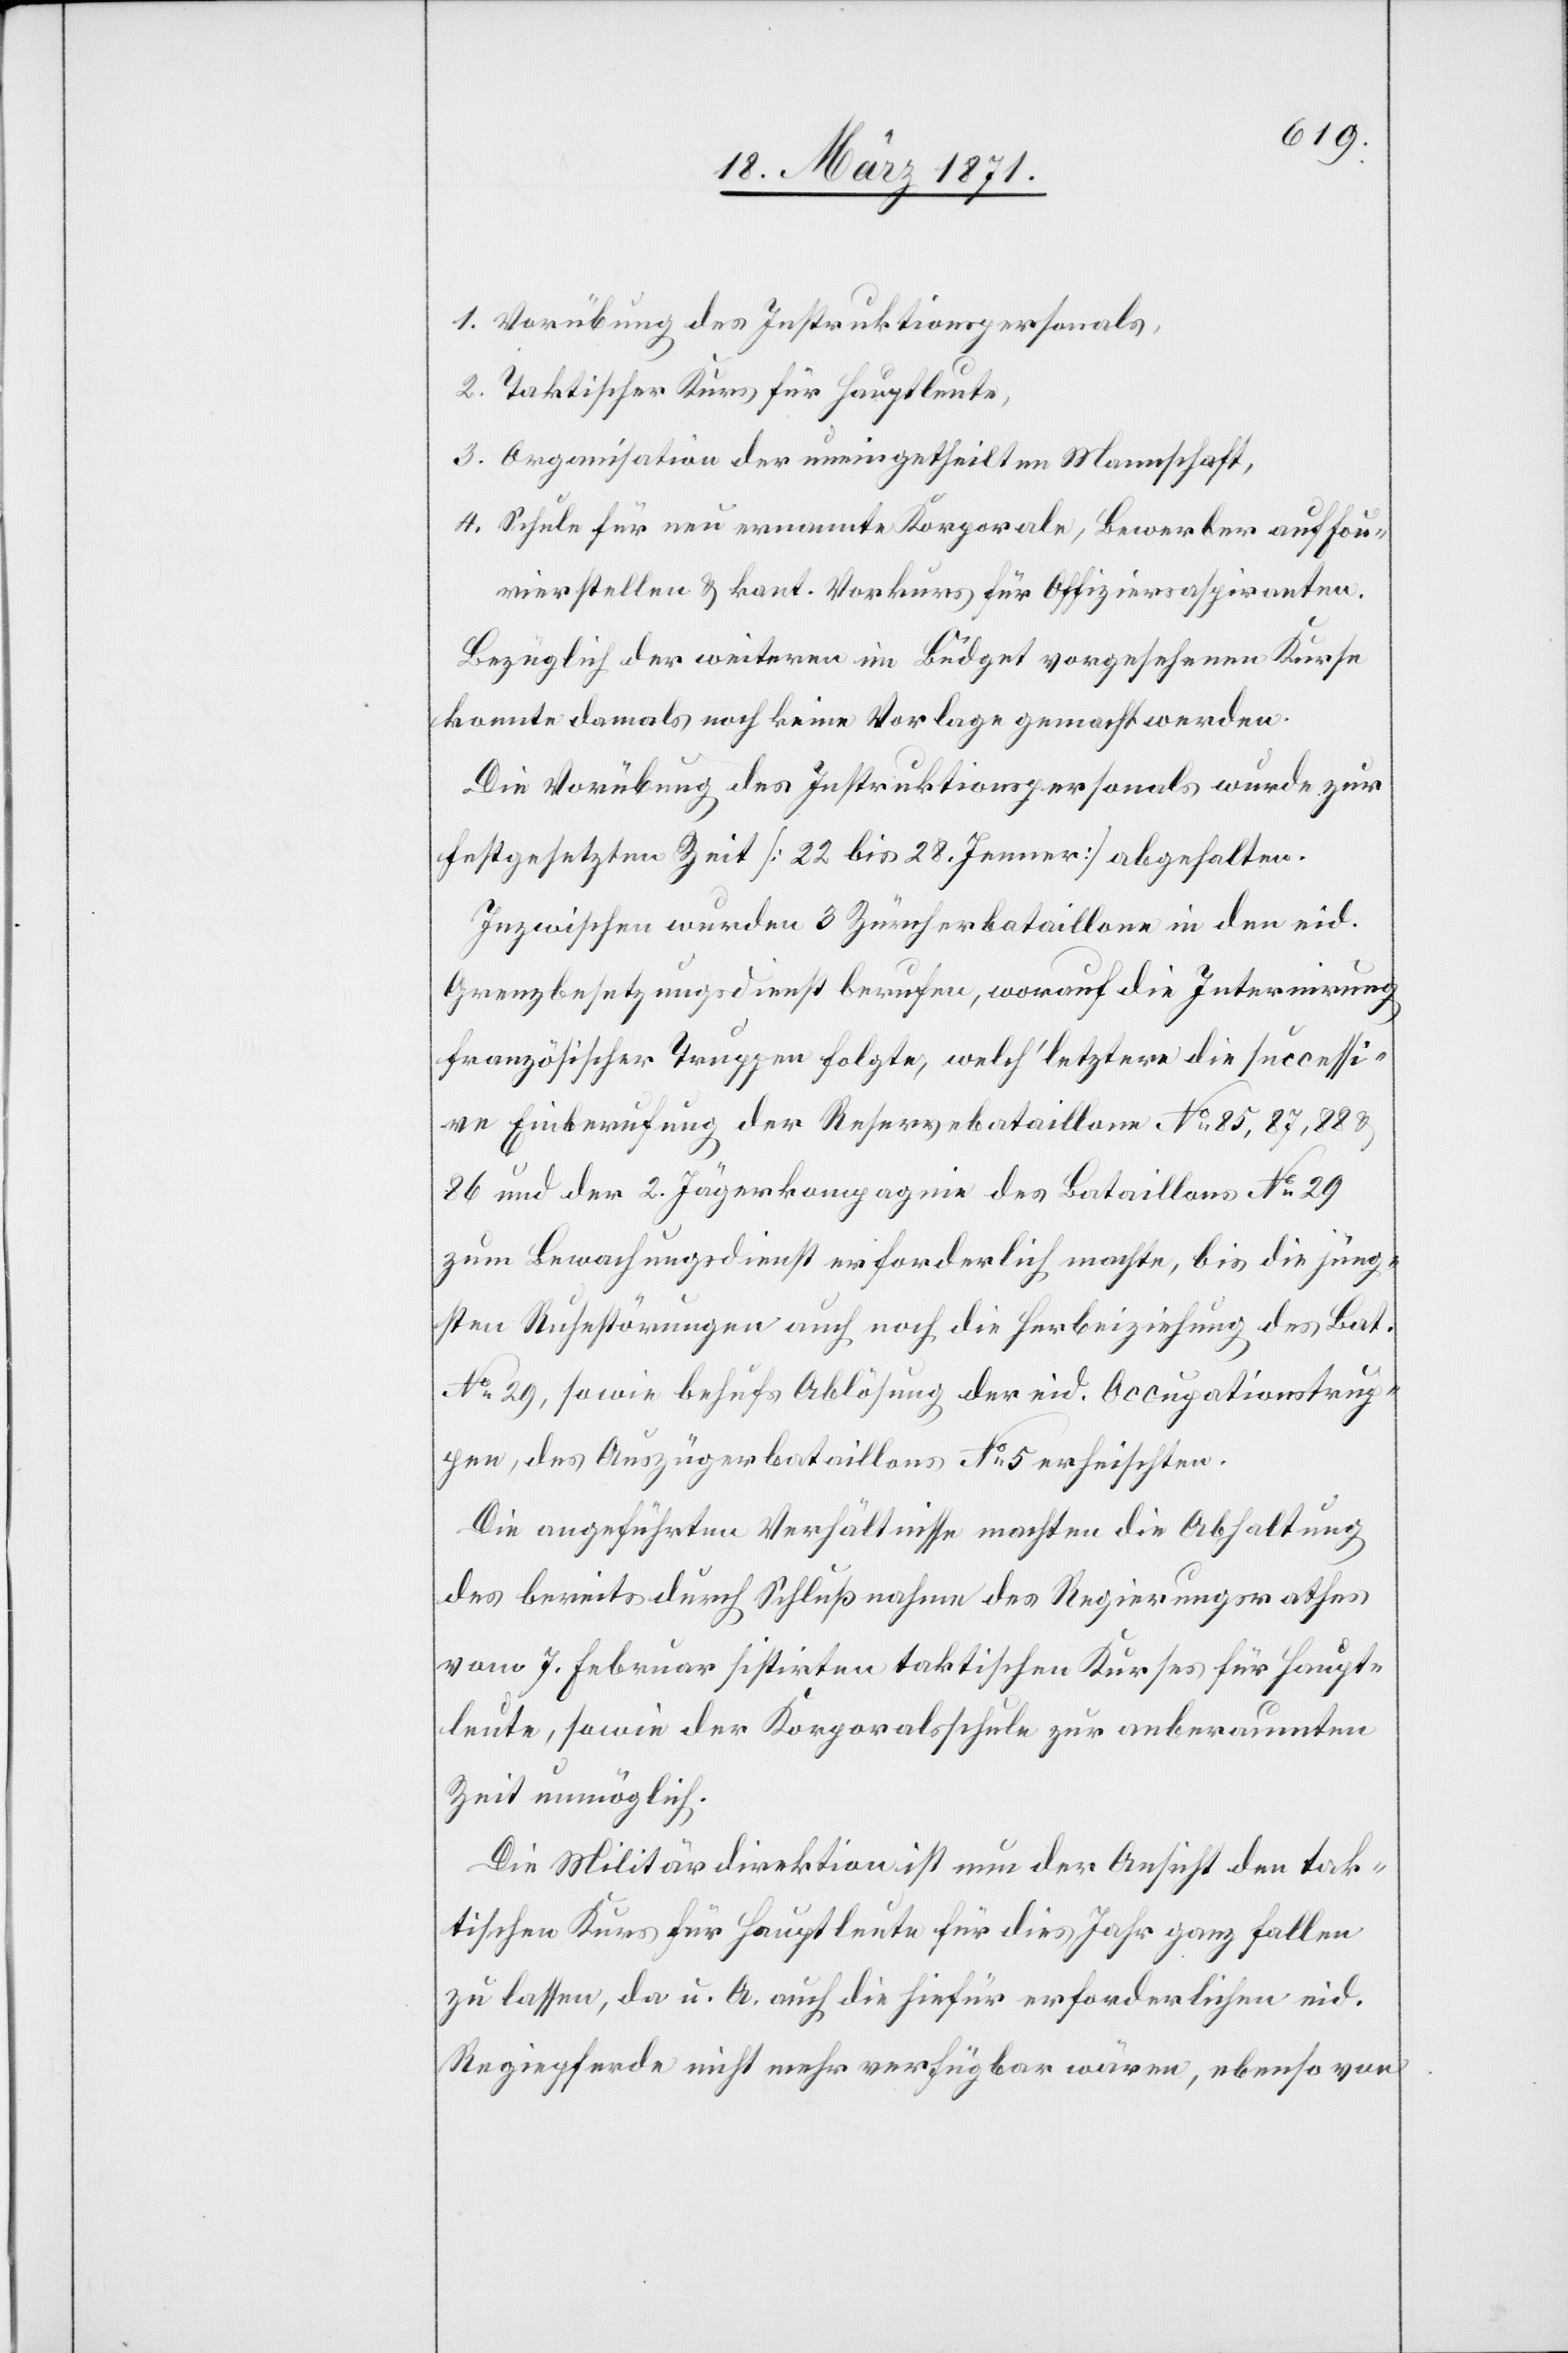
1. Vorübung des Instruktionspersonals
2. Taktischer Kurs für Hauptleute,
3. Organisation der uneingetheilten Mannschaft,
4. Schule für neu ernannte Korporale, Bewerber auf Fou¬
rierstellen u. kant. Vorkurs für Offiziersaspiranten.
Bezüglich der weiteren im Büdget vorgesehenen Kurse
konnte damals noch keine Vorlage gemacht werden.
Die Vorübung des Instruktionspersonals wurde zur
festgesetzten Zeit [22 bis 28. Jenner] abgehalten.
Inzwischen wurden 3 Zürcherbataillone in den eid.
Grenzbesetzungsdienst berufen, worauf die Internirung
französischer Truppen folgte, welch’ letztere die successi¬
ve Einberufung der Reservebataillone No. 85, 87, 88 u.
86 und der 2. Jägerkompagnie des Bataillons No. 29
zum Bewachungsdienst erforderlich machte, bis die jüng¬
sten Ruhestörungen auch noch die Herbeiziehung des Bat.
No. 29, sowie behufs Ablösung der eid. Occupationstrup¬
pen, des Auszügerbataillons No. 5 erheischten.
Die angeführten Verhältnisse machten die Abhaltung
des bereits durch Schlußnahme des Regierungsrathes
vom 7. Februar sistirten taktischen Kurses für Haupt¬
leute, sowie der Korporalschule zur anberaumten
Zeit unmöglich.
Die Militärdirektion ist nun der Ansicht den tak¬
tischen Kurs für Hauptleute für dies Jahr ganz fallen
zu lassen, da u. A. auch die hiefür erforderlichen eid.
Regiepferde nicht mehr verfügbar wären, ebenso von